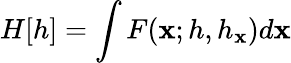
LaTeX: H[h]=\int F({\mathbf x};h,h_{{\mathbf x}})d{\mathbf x}